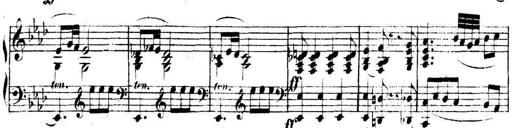
Title: Collected Piano Sonatas
Composer: Muzio Clementi